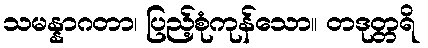
သမန္နာဂတာ၊ ပြည့်စုံကုန်သော။ တဒုတ္တရိ